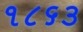
૧૮૬૩